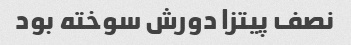
نصف پیتزا دورش سوخته بود